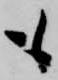
も